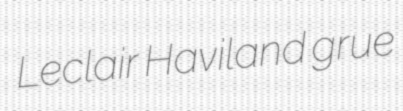
Leclair Haviland grue